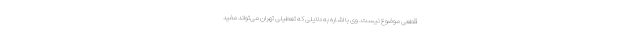
قطعی موضوع نیست. وی با اشاره به دلایلی که تعطیلی تهران می‌تواند مفید